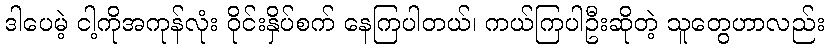
ဒါပေမဲ့ ငါ့ကိုအကုန်လုံး ဝိုင်းနှိပ်စက် နေကြပါတယ်၊ ကယ်ကြပါဦးဆိုတဲ့ သူတွေဟာလည်း